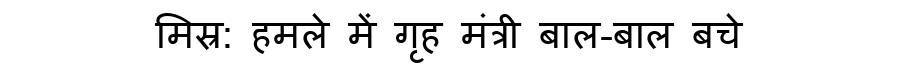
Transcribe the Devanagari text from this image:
मिस्र: हमले में गृह मंत्री बाल-बाल बचे